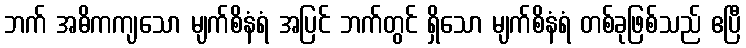
ဘက် အဓိကကျသော မျက်စိနံရံ အပြင် ဘက်တွင် ရှိသော မျက်စိနံရံ တစ်ခုဖြစ်သည် ဧပြီ